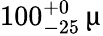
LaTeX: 100_{-25}^{+0}\, \upmu